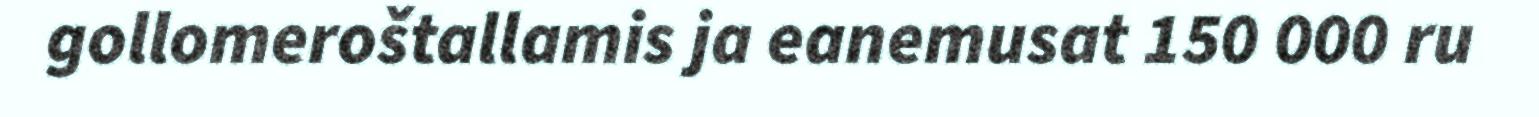
gollomeroštallamis ja eanemusat 150 000 ru